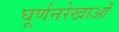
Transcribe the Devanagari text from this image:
घूर्णनरेखाओं